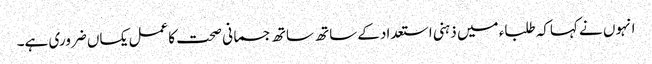
انہوں نے کہاکہ طلباء میں ذہنی استعدادکے ساتھ ساتھ جسمانی صحت کاعمل یکساں ضروری ہے۔